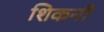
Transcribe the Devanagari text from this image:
शिकनी